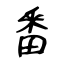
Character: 番